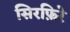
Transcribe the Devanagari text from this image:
सिरफ़िरे